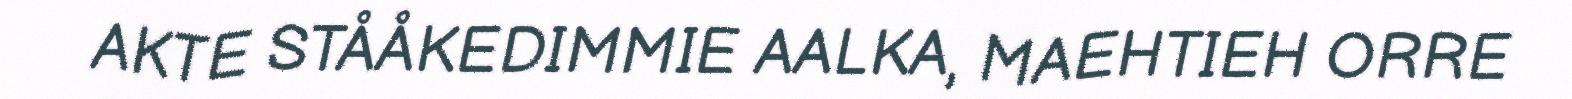
AKTE STÅÅKEDIMMIE AALKA, MAEHTIEH ORRE